Indian journal of veterinary science and animal husbandry - Volumes 26-27, 1956-1957
Year: 1956
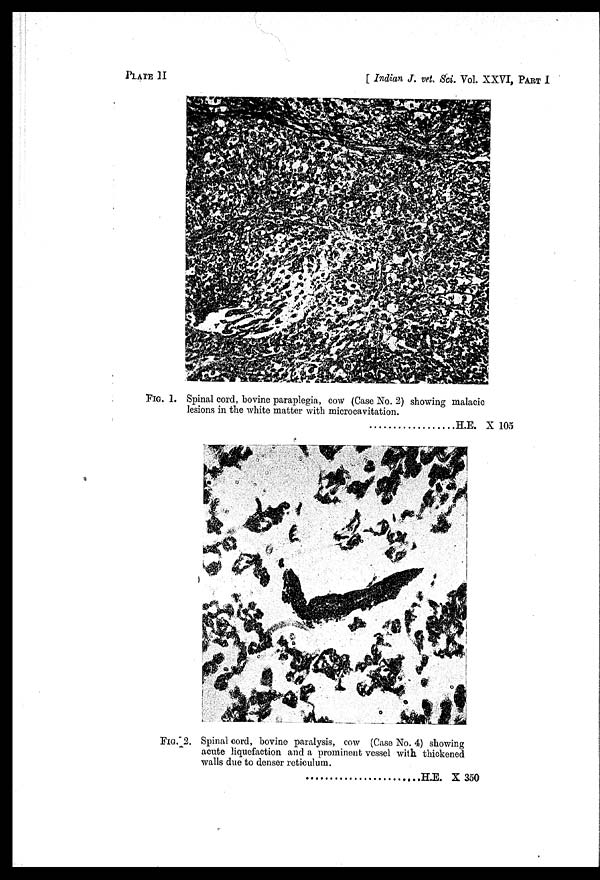
PLATE
II
[ Indian J. vet. Sci. Vol. XXVI, PART I
FIG. 1. Spinal cord, bovine paraplegia, cow (Case No. 2) showing malacic
lesions in the white matter with microcavitation.
H.E. × 105
FIG. 2. Spinal cord, bovine paralysis, cow (Case No. 4) showing
acute liquefaction and a prominent vessel with thickened
walls due to denser reticulum.
H.E. × 350